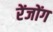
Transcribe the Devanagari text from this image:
रेंजोंग